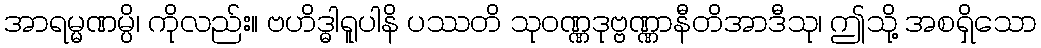
အာရမ္မဏမ္ပိ၊ ကိုလည်း။ ဗဟိဒ္ဓါရူပါနိ ပဿတိ သုဝဏ္ဏဒုဗ္ဗဏ္ဏာနီတိအာဒီသု၊ ဤသို့ အစရှိသော